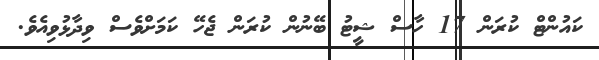
ކައުންޓް ކުރަން 17 ހާސް ޝީޓު ބޭނުން ކުރަން ޖެހޭ ކަމަށްވެސް ވިދާޅުވިއެވެ.